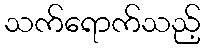
သက်ရောက်သည့်